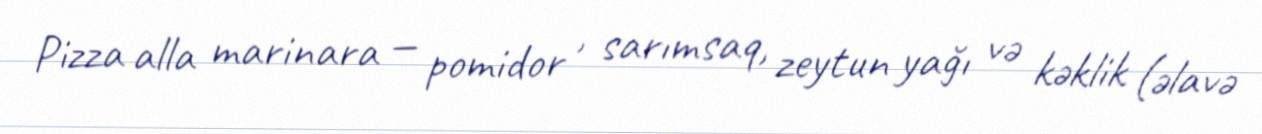
Pizza alla marinara — pomidor , sarımsaq, zeytun yağı və kəklik (əlavə